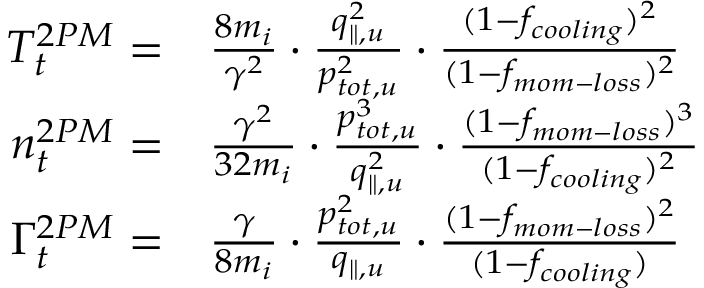
\begin{array} { r l } { T _ { t } ^ { 2 P M } = } & { { } \frac { 8 m _ { i } } { \gamma ^ { 2 } } \cdot \frac { q _ { \parallel , u } ^ { 2 } } { p _ { t o t , u } ^ { 2 } } \cdot \frac { ( 1 - f _ { c o o l i n g } ) ^ { 2 } } { ( 1 - f _ { m o m - l o s s } ) ^ { 2 } } } \\ { n _ { t } ^ { 2 P M } = } & { { } \frac { \gamma ^ { 2 } } { 3 2 m _ { i } } \cdot \frac { p _ { t o t , u } ^ { 3 } } { q _ { \parallel , u } ^ { 2 } } \cdot \frac { ( 1 - f _ { m o m - l o s s } ) ^ { 3 } } { ( 1 - f _ { c o o l i n g } ) ^ { 2 } } } \\ { \Gamma _ { t } ^ { 2 P M } = } & { { } \frac { \gamma } { 8 m _ { i } } \cdot \frac { p _ { t o t , u } ^ { 2 } } { q _ { \parallel , u } } \cdot \frac { ( 1 - f _ { m o m - l o s s } ) ^ { 2 } } { ( 1 - f _ { c o o l i n g } ) } } \end{array}